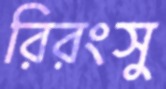
রিরংসু